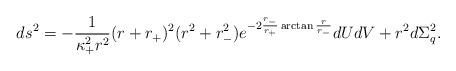
LaTeX: \begin{align*}ds^2=-\frac{1}{\kappa_+^2 r^2}(r+r_+)^2 (r^2+r_-^2)e^{-2\frac{r_-}{r_+}\arctan \frac{r}{r_-}}dUdV+r^2d\Sigma_q^2.\end{align*}